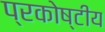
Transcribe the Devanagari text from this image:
प्रकोष्टीय